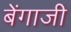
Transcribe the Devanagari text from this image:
बेंगाजी